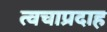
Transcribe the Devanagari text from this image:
त्वचाप्रदाह